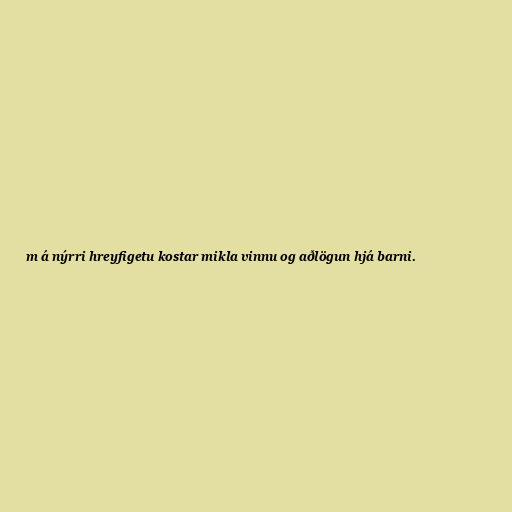
m á nýrri hreyfigetu kostar mikla vinnu og aðlögun hjá barni.